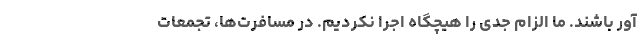
آور باشند. ما الزام جدی را هیچگاه اجرا نکردیم. در مسافرت‌ها، تجمعات